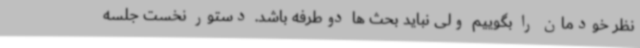
نظر خودمان را بگوییم ولی نباید بحث ها دوطرفه باشد. دستور نخست جلسه